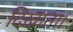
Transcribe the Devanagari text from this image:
दिखाता।